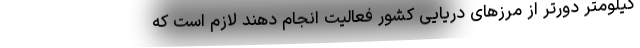
کیلومتر دورتر از مرزهای دریایی کشور فعالیت انجام دهند لازم است که